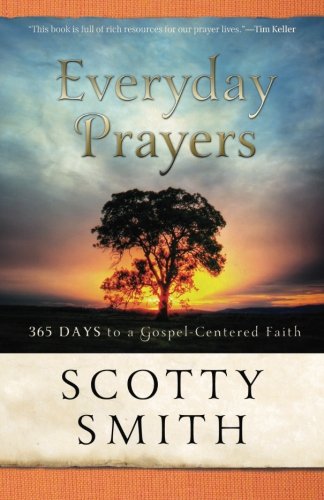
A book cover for Everyday Prayers: 365 Days to a Gospel-Centered Faith; Scotty Smith; Christian Books & Bibles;